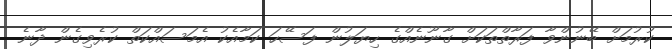
ކުރުމަށް ބޭނުންވާ ފަރާތްތަކަށް ގާނޫނެއްގެ ހިޔަލުން ފަސޭހަ ކަމާއެކު އެމަސައްކަތް ކުރެވިގެން ދާނެ